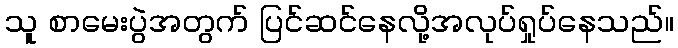
သူ စာမေးပွဲအတွက် ပြင်ဆင်နေလို့အလုပ်ရှုပ်နေသည်။